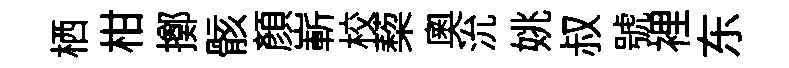
栖柑擲骸顏嶄校蔾奧沇姚叔號裡东